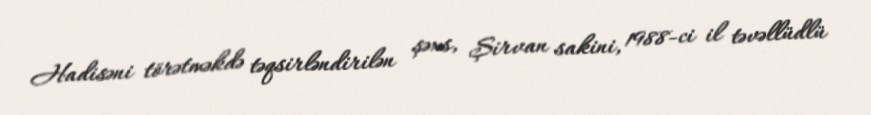
Hadisəni törətməkdə təqsirləndirilən şəxs, Şirvan sakini, 1988-ci il təvəllüdlü